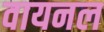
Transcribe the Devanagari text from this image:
वायनल